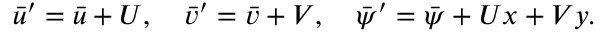
\bar { u } ^ { \prime } = \bar { u } + U , \quad \bar { v } ^ { \prime } = \bar { v } + V , \quad \bar { \psi } ^ { \prime } = \bar { \psi } + U x + V y .